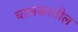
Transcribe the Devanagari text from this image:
चालकातील